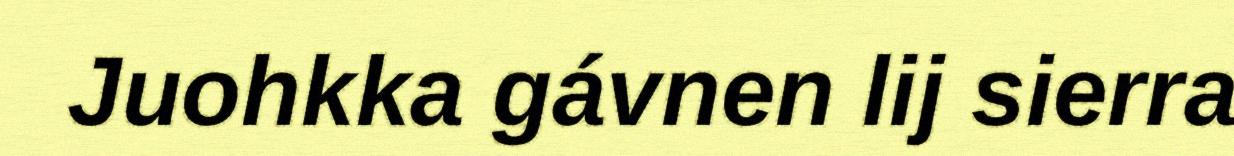
Juohkka gávnen lij sierra